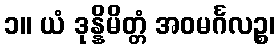
၁။ ယံ ဒုန္နိမိတ္တံ အဝမင်္ဂလဉ္စ၊